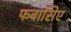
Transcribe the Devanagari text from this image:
फबासिए